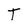
Character: T